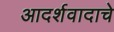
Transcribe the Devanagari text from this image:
आदर्शवादाचे